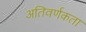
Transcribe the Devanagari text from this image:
अतिवर्णकता